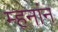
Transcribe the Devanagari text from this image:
म्हनांन